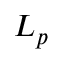
L _ { p }